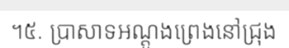
។៥. ប្រាសាទអណ្តូងព្រេងនៅជ្រុង